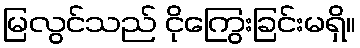
မြလွင်သည် ငိုကြွေးခြင်းမရှိ။